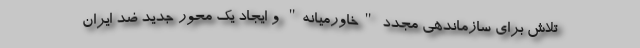
تلاش برای سازماندهی مجدد "خاورمیانه" و ایجاد یک محور جدید ضد ایران